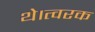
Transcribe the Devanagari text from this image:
थे।त्वरक